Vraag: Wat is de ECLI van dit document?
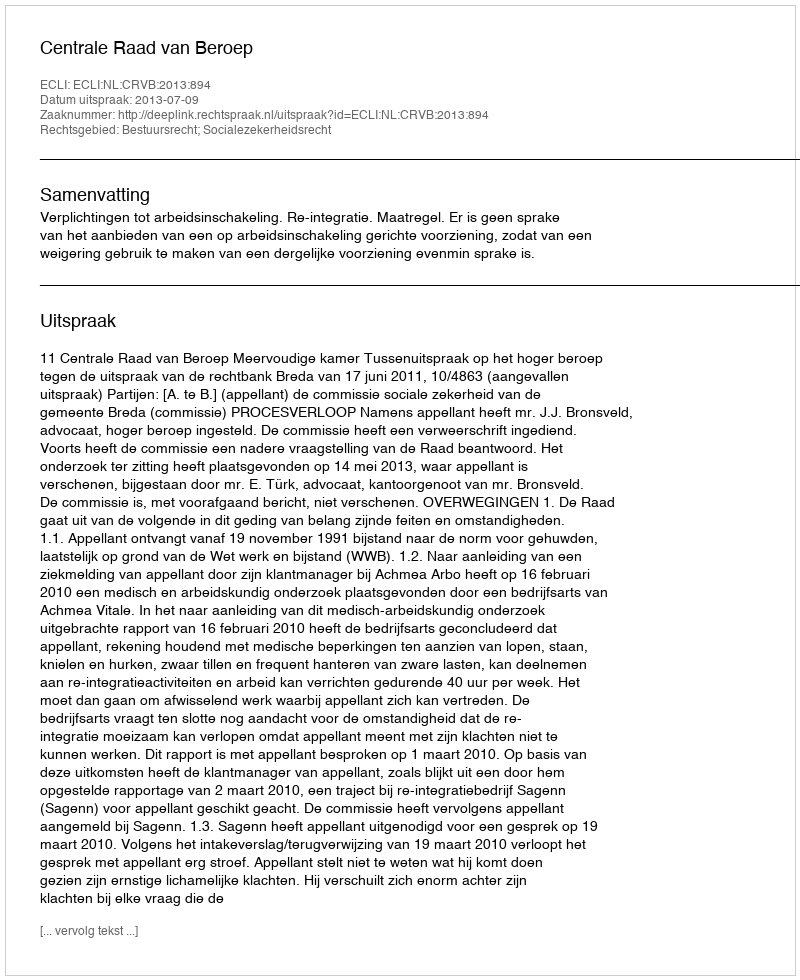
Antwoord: ECLI:NL:CRVB:2013:894